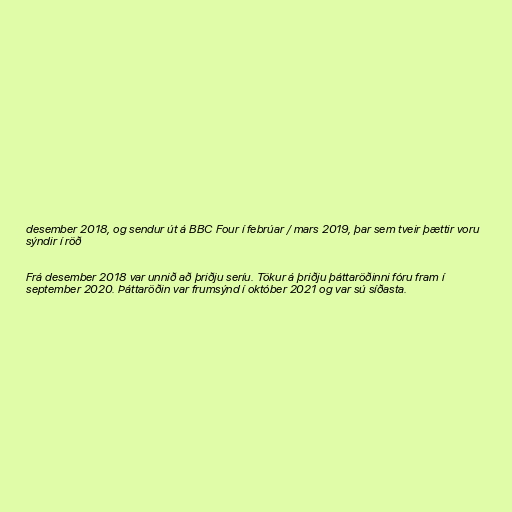
desember 2018, og sendur út á BBC Four í febrúar / mars 2019, þar sem tveir þættir voru
sýndir í röð

Frá desember 2018 var unnið að þriðju seríu. Tökur á þriðju þáttaröðinni fóru fram í
september 2020. Þáttaröðin var frumsýnd í október 2021 og var sú síðasta.